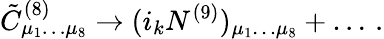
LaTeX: {\tilde{C}}_{\mu_{1}\dots\mu_{8}}^{(8)}\rightarrow(i_{k}N^{(9)})_{\mu_{1}\dots\mu_{8}}+\dots\, .